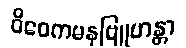
ဝိဝေကမနုဗြူဟန္တာ